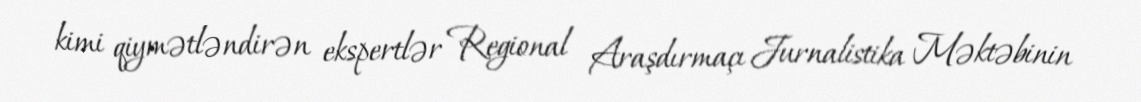
kimi qiymətləndirən ekspertlər Regional Araşdırmaçı Jurnalistika Məktəbinin